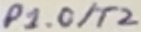
Text: P1.0/T2